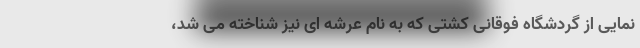
نمایی از گردشگاه فوقانی کشتی که به نام عرشه اِی نیز شناخته می شد،